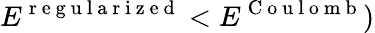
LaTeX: E^{\mathrm{~r~e~g~u~l~a~r~i~z~e~d~}}<E^{\mathrm{~C~o~u~l~o~m~b~}})